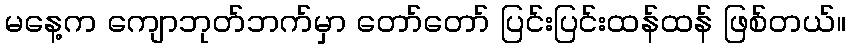
မနေ့က ကျောဘုတ်ဘက်မှာ တော်တော် ပြင်းပြင်းထန်ထန် ဖြစ်တယ်။